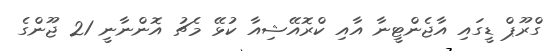
ގްރޫޕް ޑީގައި އާޖެންޓީނާ އާއި ކްރޮއޭޝިއާ ކުޅޭ މެޗު އޮންނާނީ 21 ޖޫންގެ